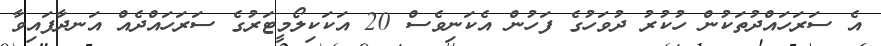
އެ ސަރަހައްދުތަކުން ހުކުރު ދުވަހުގެ ފަހުން އެކަނިވެސް 20 އަކަކިލޯމީޓަރުގެ ސަރަހައްދެއް އަނދާފައިވާ